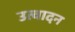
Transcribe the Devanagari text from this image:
उत्वादन